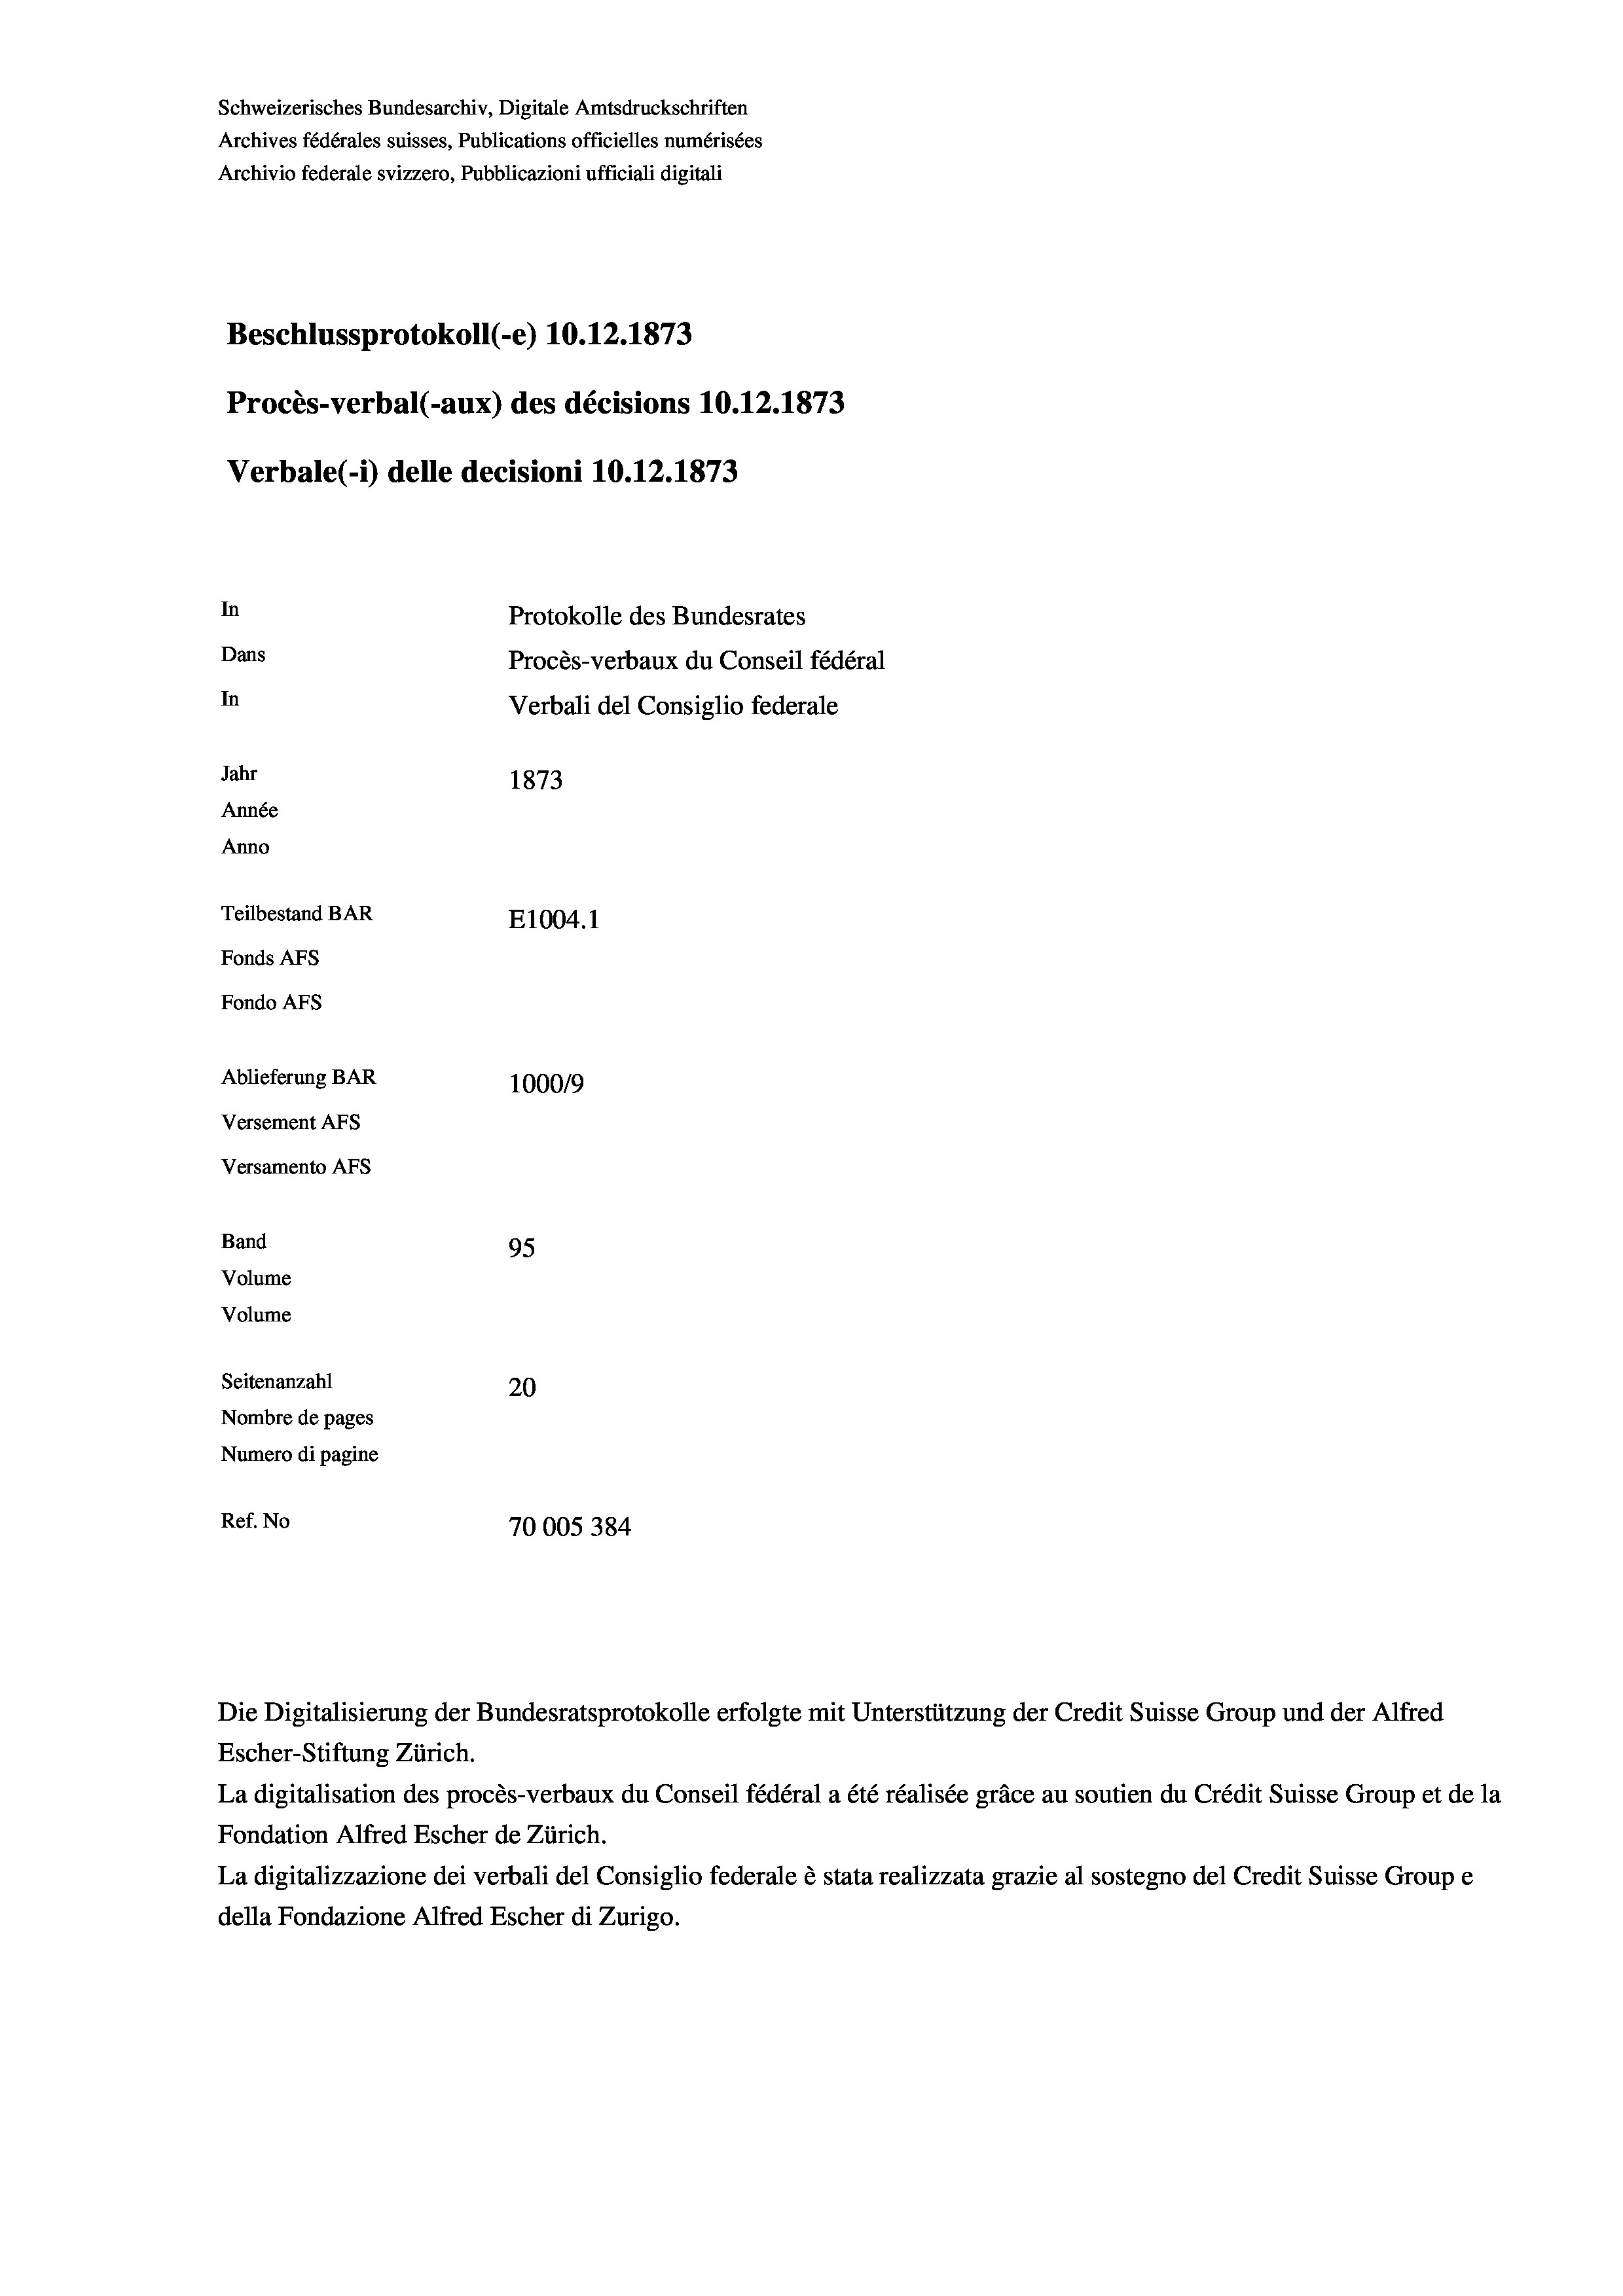
Schweizerisches Bundesarchiv, Digitale Amtsdruckschriften
Archives fédérales suisses, Publications officielles numérisées
Archivio federale svizzero, Pubblicazioni ufficiali digitali
Beschlussprotokoll (-e) 10.12. 1873
Procès-verbal (-aux) des décisions 10.12.1873
Verbale(-*) delle decisioni 10.12.1873
In
Protokolle des Bundesrates
Dans
Procès-verbaux du Conseil fédéral
In
Verbali del Consiglio federale
Jahr
1873
Année
Anno
Teilbestand BAR
E1004. 1
Fonds Afs
Fondo AFs
Ablieferung BAR
100019
Versement Abs
Versamento AFs

95
Seitenanzahl
20
Nombre de pages
Numero di pagine
Ref. No
70005 384

Band

Volume
Volume

Die Digitalisierung der Bundesratsprotokolle erfolgte mit Unterstützung der Credit Suisse Group und der Alfred

Escher-Stiftung Zürich.
La digitalisation des procès-verbaux du Conseil fédéral a été réalisée gräce au soutien du Crédit Suisse Group et de la
Fondation Alfred Escher de Zürich.
La digitalizzazione dei verbali del Consiglio federale è stata realizzata grazie al sostegno del Credit Suisse Groupe
della Fondazione Alfred Escher di Zurigo.